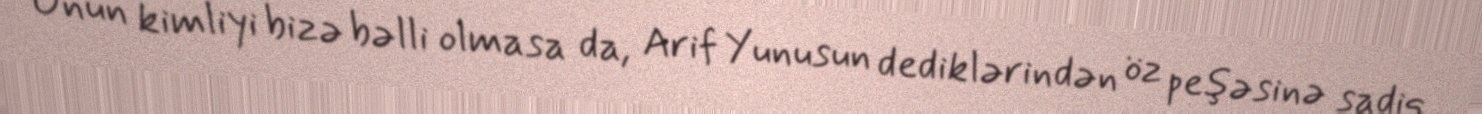
Onun kimliyi bizə bəlli olmasa da, Arif Yunusun dediklərindən öz peşəsinə sadiq